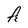
Character: A